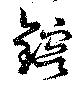
鎔